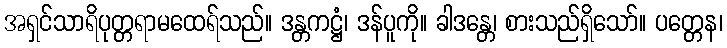
အရှင်သာရိပုတ္တရာမထေရ်သည်။ ဒန္တကဋ္ဌံ၊ ဒန်ပူကို။ ခါဒန္တေ၊ စားသည်ရှိသော်။ ပတ္တေန၊